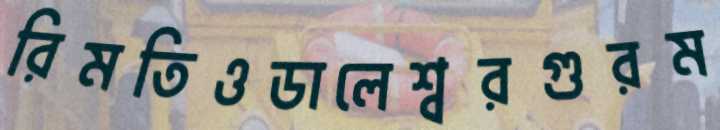
রিমতিওডালেশ্বরগুরম